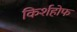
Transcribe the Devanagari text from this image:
किर्शहोफ